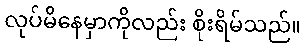
လုပ်မိနေမှာကိုလည်း စိုးရိမ်သည်။